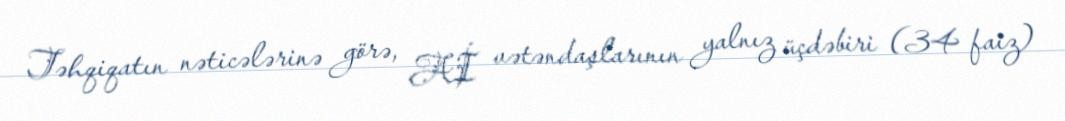
Təhqiqatın nəticələrinə görə, Aİ vətəndaşlarının yalnız üçdəbiri (34 faiz)